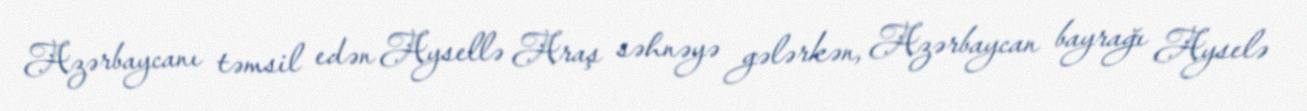
Azərbaycanı təmsil edən Aysellə Araş səhnəyə gələrkən, Azərbaycan bayrağı Ayselə